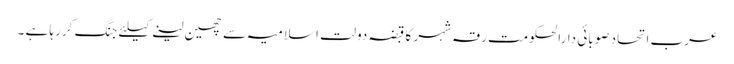
عرب اتحاد صوبائی دارالحکومت رقہ شہر کا قبضہ دولت اسلامیہ سے چھین لینے کیلئے جنگ کررہا ہے ۔